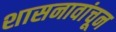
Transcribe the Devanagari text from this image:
शासनावांचून